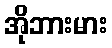
အိုဘားမား